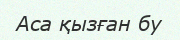
Аса қызған бу